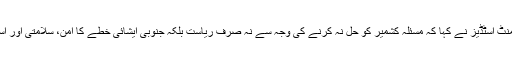
سینیٹر فار سوشل اینڈ ڈیویلپمنٹ اسٹڈیز نے کہا کہ مسئلہ کشمیر کو حل نہ کرنے کی وجہ سے نہ صرف ریاست بلکہ جنوبی ایشائی خطے کا امن، سلامتی اور استحکام درہم برہم ہوچکا ہے۔